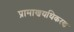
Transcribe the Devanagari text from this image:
प्रामाणयधिकरण